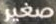
صغير